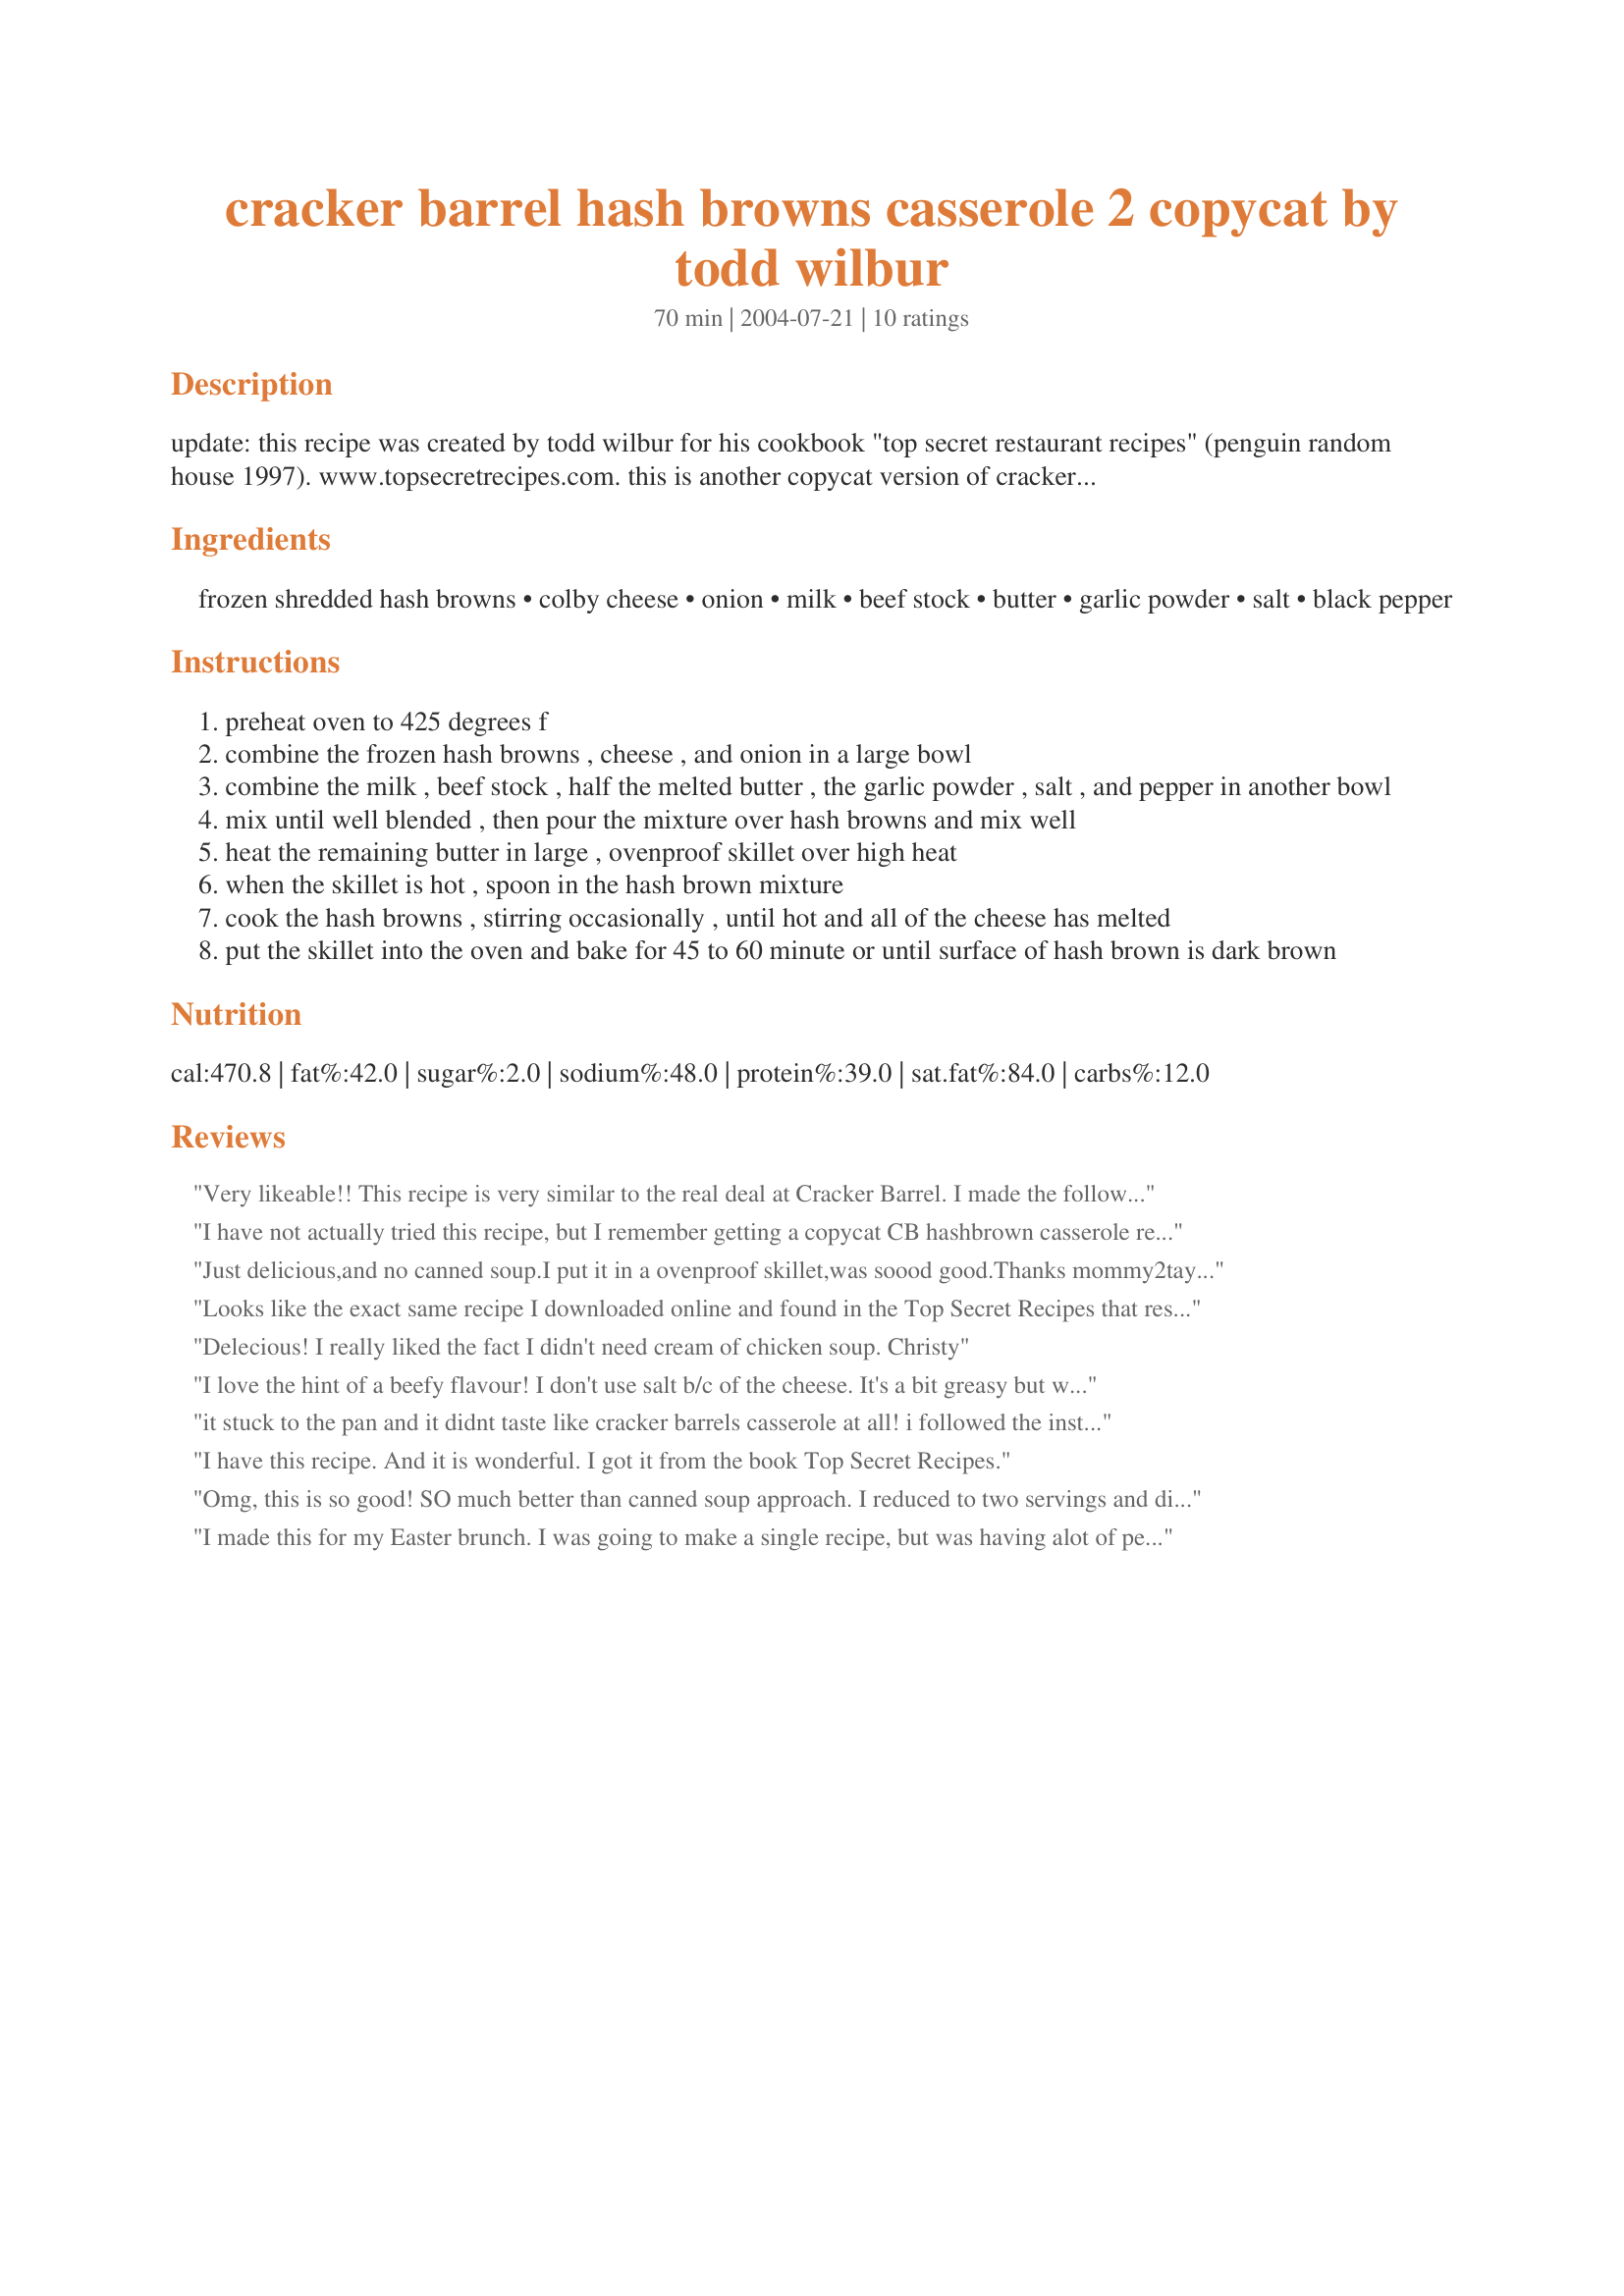
cracker barrel hash browns casserole 2 copycat by todd wilbur
Preparation time: 70 minutes

update: this recipe was created by todd wilbur for his cookbook "top secret restaurant recipes" (penguin random house 1997). www.topsecretrecipes.com.

this is another copycat version of cracker barrels hash brown casserole. i found this recipe in a book borrowed from a friend , dont remember the name. the recipe here is designed for a skillet that is also safe for the oven. if you dont have one, you can easily transfer the casserole to a baking dish after its done cooking on the stove.

Ingredients:
frozen shredded hash browns, colby cheese, onion, milk, beef stock, butter, garlic powder, salt, black pepper

Steps:
preheat oven to 425 degrees f
combine the frozen hash browns , cheese , and onion in a large bowl
combine the milk , beef stock , half the melted butter , the garlic powder , salt , and pepper in another bowl
mix until well blended , then pour the mixture over hash browns and mix well
heat the remaining butter in large , ovenproof skillet over high heat
when the skillet is hot , spoon in the hash brown mixture
cook the hash browns , stirring occasionally , until hot and all of the cheese has melted
put the skillet into the oven and bake for 45 to 60 minute or until surface of hash brown is dark brown

Reviews:
Very likeable!! This recipe is very similar to the real deal at Cracker Barrel. I made the following adaptations due to the items I had on hand- I used cheddar instead of colby cheese and I used chicken broth instead of beef. Otherwise, I followed the recipe as noted and it turned out cheesy, warm and filling! Thanks for the delicious recipe!
I have not actually tried this recipe, but I remember getting a copycat CB hashbrown casserole recipe oout of a book I borrowed from my mother in law. As a matter of fact, it may have been the Top Secret book previously mentioned. I remember that the recipe was a little different from what I expected, and that it had colby cheese in it. I believe this is the recipe. Thank you! I have been looking for it for a couple years now. Just one hint, whatever you do, DON'T substitute another cheese for the colby. It will NOT turn out the same :)
Just delicious,and no canned soup.I put it in a ovenproof skillet,was soood good.Thanks mommy2taylor.Rose of Sharon
Looks like the exact same recipe I downloaded online and found in the Top Secret Recipes that restaurants don't want you to know paperback book.

Good Stuff!!!
Delecious! I really liked the fact I didn't need cream of chicken soup.
Christy
I love the hint of a beefy flavour! I don't use salt b/c of the cheese. It's a bit greasy but what a great casserole for brunch of dinner!!
it stuck to the pan and it didnt taste like cracker barrels casserole at all! i followed the instructions step by step...
i would suggest that instead of using beef broth, use water instead because i think thats what tasted so bad!
I have this recipe. And it is wonderful. I got it from the book Top Secret Recipes.
Omg, this is so good! SO much better than canned soup approach. I reduced to two servings and did not need all the liquid. I do like the browning of hashbrowns in skillet but not too sure that putting the liquid into skillet for stove top part is necessary. Because I reduced to two servings 30 minutes was enough oven time. I omitted the salt (cheese has plenty) and omitted butter in skillet --instead I used cooking spray (teflon skillet) for browning the hashbrowns. It was still a tad greasy with the butter in liquid. Definitely a repeater---lol-- I have made this twice and my dear man wants it again. TY for posting, m2t. :)
I made this for my Easter brunch. I was going to make a single recipe, but was having alot of people, and wasn't sure it would go, but I doubled it anyway. It was almost all gone!!! Got rave reviews by everyone who had it!! and lots of recipe requests. This one is a keeper!
